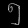
Digit: ၅